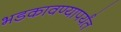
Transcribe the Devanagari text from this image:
भडकावण्यापर्यंत